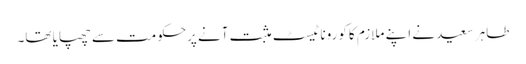
طاہر سعید نے اپنے ملازم کا کورونا ٹیسٹ مثبت آنے پرحکومت سے چھپایا تھا۔